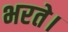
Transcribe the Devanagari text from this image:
भरते।